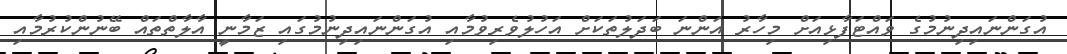
އުގަންނައިދިނުމުގެ ވައްޓަފާޅިއަށް މިހާރު އަންނަ ބަދަލުތަކަށް އަހުލުވެރިވުމާއި އުގަންނައިދިނުމުގައި ޒަމާނީ އާލާތްތައް ބޭނުންކުރުމާއި